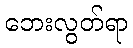
ဘေးလွတ်ရာ